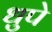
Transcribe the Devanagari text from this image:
धुपे